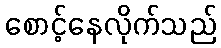
စောင့်နေလိုက်သည်